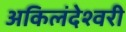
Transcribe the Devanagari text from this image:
अकिलंदेश्वरी